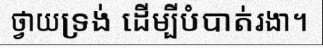
ថ្វាយទ្រង់ ដើម្បីបំបាត់រងា។